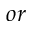
o r